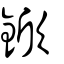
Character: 鍁